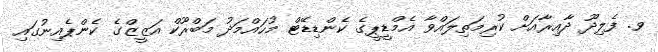
ވ. ފެލިދޫ ދާއިރާއަށް ކުރިމަތިލައްވާ އެމްޑީޕީގެ ކެންޑިޑޭޓް މުހައްމަދު މަބްރޫކް އަޒީޒްގެ ކެންޕެއިނުގައި